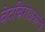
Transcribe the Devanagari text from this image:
वेदविरोधकत्व